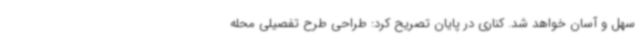
سهل و آسان خواهد شد. کناری در پایان تصریح کرد: طراحی طرح تفصیلی محله